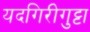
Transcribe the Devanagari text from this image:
यदगिरीगुट्टा